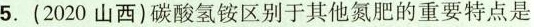
5.(2020山西)碳酸氢铵区别于其他氮肥的重要特点是